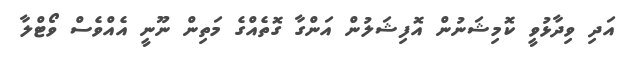
އަދި ވިދާޅުވީ ކޮމިޝަނުން އޮފިޝަލުން އަންގާ ގޮތެއްގެ މަތިން ނޫނީ އެއްވެސް ވޯޓްލާ